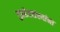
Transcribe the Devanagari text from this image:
गुप्तहेरसंस्थांना